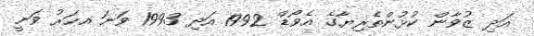
އަދި ޒުވާން ކުޅުންތެރިޔާގެ އެވޯޑް 1992 އަދި 1993 ވަނަ އހަރު ވަނީ